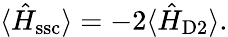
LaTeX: \langle\hat{H}_{\mathrm{ssc}}\rangle=-2\langle\hat{H}_{\mathrm{D2}}\rangle.